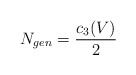
\begin{align*}N_{gen}=\frac{c_{3}(V)}{2}\end{align*}